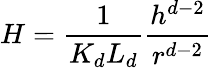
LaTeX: H=\frac{1}{K_{d}L_{d}}\frac{h^{d-2}}{r^{d-2}}